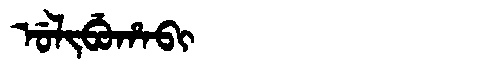
Manchu: ᡠᠯᡳᠪᡠᡥᠠᠪᡳ
Romanization: ULIBUHABI